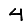
Digit: 4